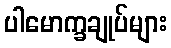
ပါမောက္ခချုပ်များ